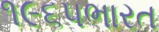
૧૯૬૫ભારત